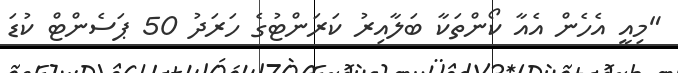
"މިއީ އެހެން އެއާ ކޯންތަކާ ބަލާއިރު ކަރަންޓުގެ ހަރަދު 50 ޕަސެންޓް ކުޑަ